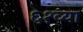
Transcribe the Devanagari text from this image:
६१व्या